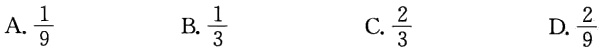
A. $\frac{1}{9}$  B. $\frac{1}{3}$  C. $\frac{2}{3}$  D. $\frac{2}{9}$